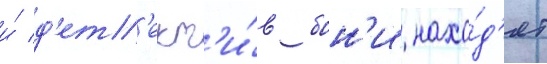
и́ д'ет'ект'и́в бон'и нахо́д'ят